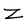
Character: Z